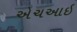
એચઆઇ